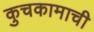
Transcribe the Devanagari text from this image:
कुचकामाची